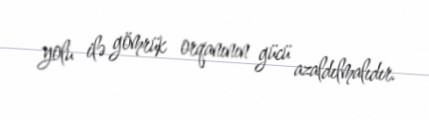
yolu ilə gömrük orqanının gücü azaldılmalıdır.